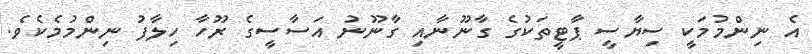
އެ ނިންމުމަކީ ސިޔާސީ ޕާޓީތަކުގެ ގާނޫނާއި ގާނޫނު އަސާސީގެ ރޫހާ ހިލާފު ނިންމުމެކެވެ.